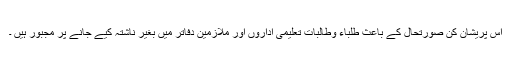
اس پریشان کن صورتحال کے باعث طلباء وطالبات تعلیمی اداروں اور ملازمین دفاتر میں بغیر ناشتہ کیے جانے پر مجبور ہیں ۔